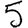
Digit: 5